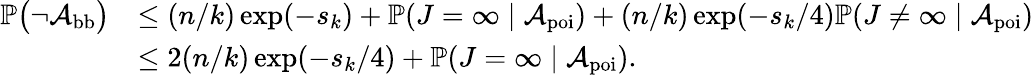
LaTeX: \begin{array}{rl}{\mathbb{P}\big(\neg{\mathcal A}_{\mathrm{bb}}\big)}&{\le(n/k)\exp(-s_{k})+\mathbb{P}(J=\infty\mid{\mathcal A}_{\mathrm{poi}})+(n/k)\exp(-s_{k}/4)\mathbb{P}(J\neq\infty\mid{\mathcal A}_{\mathrm{poi}})}\\ &{\le 2(n/k)\exp(-s_{k}/4)+\mathbb{P}(J=\infty\mid{\mathcal A}_{\mathrm{poi}}).}\end{array}